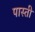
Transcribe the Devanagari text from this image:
पास्ती